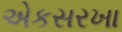
એકસરખા